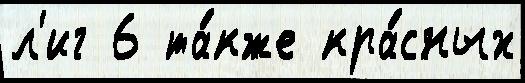
л'иг 6 та́кже кра́сных